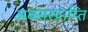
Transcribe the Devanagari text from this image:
अवसरप्राप्ति